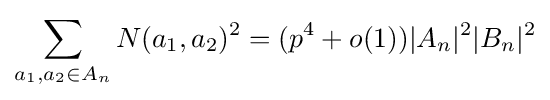
\sum \limits _{a_{1},a_{2}\in A_{n}}N(a_{1},a_{2})^{2}=(p^{4}+o(1))|A_{n}|^{2}|B_{n}|^{2}